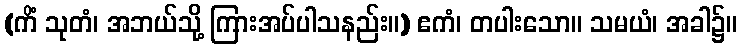
(ကိံ သုတံ၊ အဘယ်သို့ ကြားအပ်ပါသနည်း။) ဧကံ၊ တပါးသော။ သမယံ၊ အခါ၌။